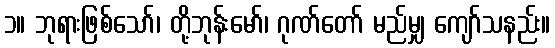
၁။ ဘုရားဖြစ်သော်၊ တို့ဘုန်းမော်၊ ဂုဏ်တော် မည်မျှ ကျော်သနည်း။